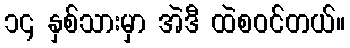
၁၄ နှစ်သားမှာ အဲဒီ ထဲစဝင်တယ်။